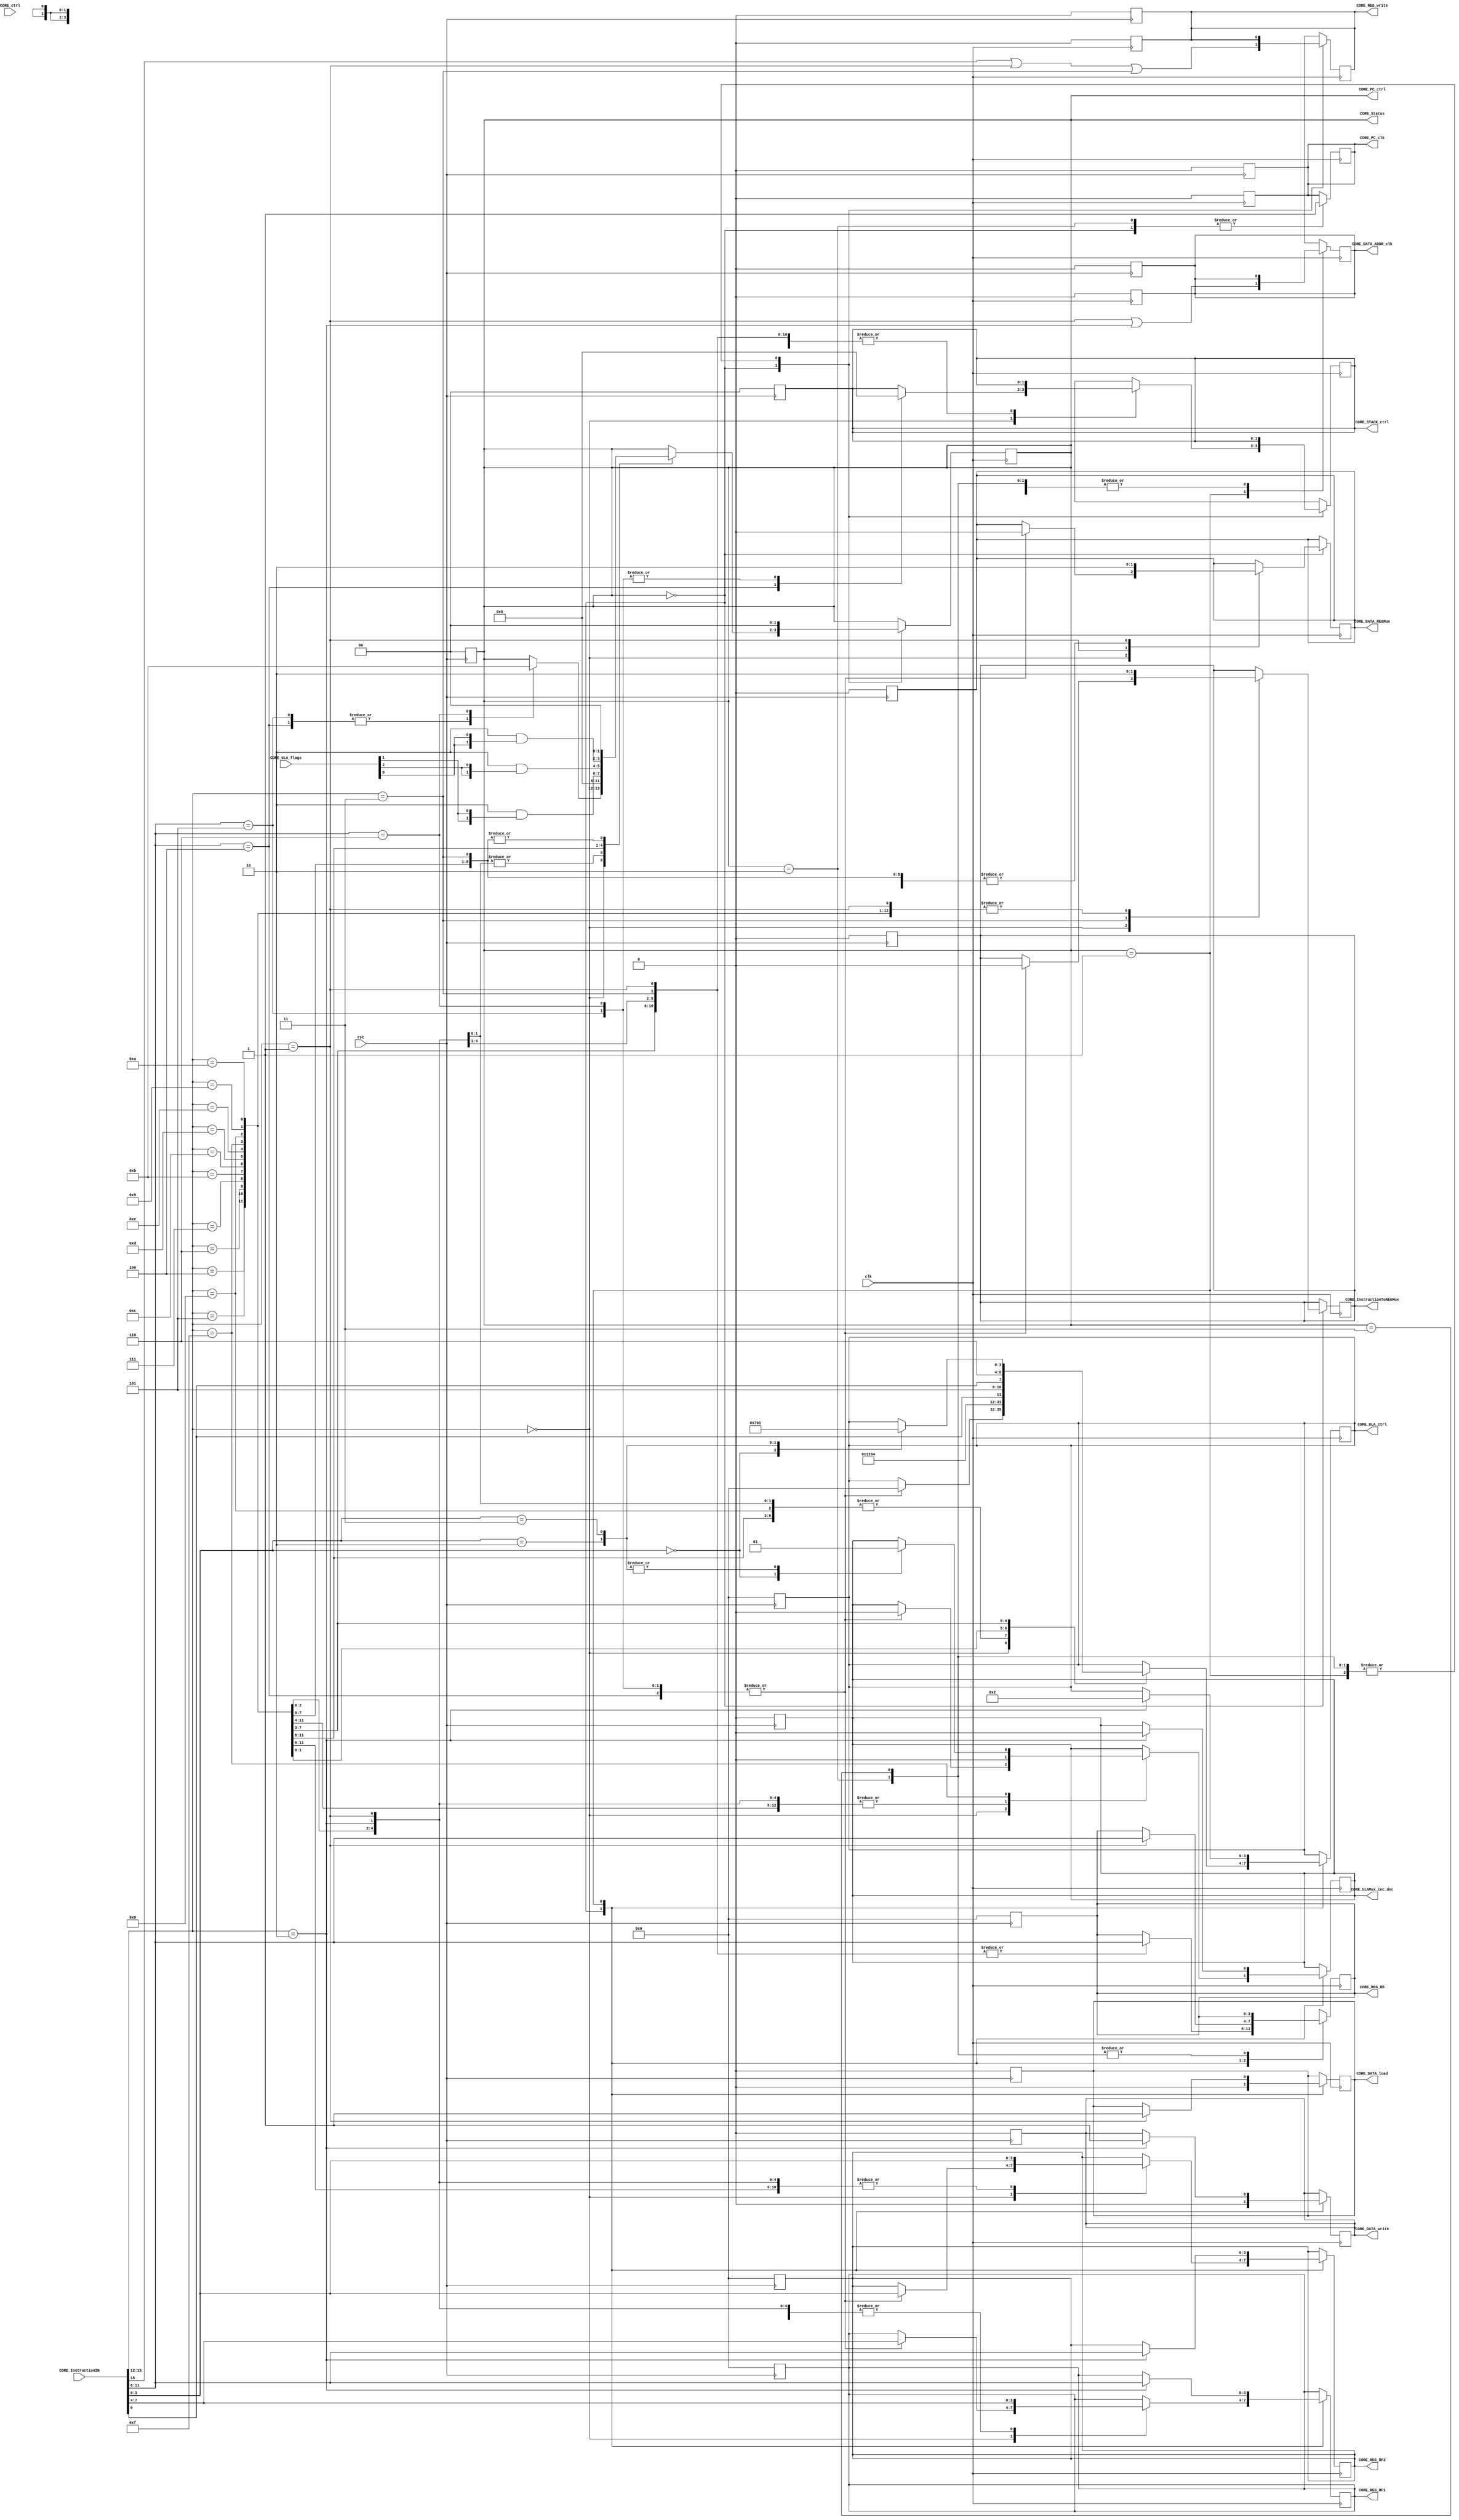
//CORE, descricao da controle operativo
/*************************************************************************
 *  descricao do bloco CORE                              versao 0.01      *
 *                                                                       *
 *  Developer: Jean Carlos Scheunemann             23-11-2016            *
 *              jeancarsch@gmail.com                                     *

 *  Corrector: Mariano                                                   *
 *             Marlon 	                                                 *
 *             marlonsigales@gmail.com                                   *
 *                                                                       *
 * soma(inc, twc), sub(dec), xor, and, or, not, shr(rtr), shl(rtl)       *
 *                                                                       *
 *************************************************************************/


`timescale 1 ns / 1 ns
module NRISC_CORE(
								CORE_InstructionIN,				//instruction input
								CORE_InstructionToREGMux,	//MUX ctrl of instruction in to REGs
								CORE_ctrl,									//CORE external input ctrl BUS
								CORE_Status,								//CORE status output
								CORE_ULA_ctrl,							//ULA output ctrl BUS
								CORE_ULA_flags,						//ULA flags input
								CORE_ULAMux_inc_dec,				//ULA Inc/dec output MUX ctrl
								CORE_REG_RF1,							//REGs to ULA ctrl 1
								CORE_REG_RF2,							//REGs to ULA ctrl 2
								CORE_REG_RD,								//REGs inputs ctrl
								CORE_REG_write,						//REGs write ctrl
								CORE_DATA_write,						//DATA write ctrl
								CORE_DATA_load,						//DATA load ctrl
								CORE_DATA_ADDR_clk,				//DATA clk
								CORE_DATA_REGMux,					//DATA to REGs MUX
								CORE_STACK_ctrl,						//CORE to STACK ctrl
								CORE_PC_ctrl,							//CORE to PC ctrl MUX
								CORE_PC_clk,								//PC clk
								clk,											//Main clk source
								rst												//general rst
								);

		//CORE
		input wire clk;
		input wire rst;
		input wire [2:0] CORE_ctrl;
		output reg [1:0] CORE_Status;
		//Instruction
		input wire [15:0] CORE_InstructionIN;
		output reg CORE_InstructionToREGMux;
		//ULA
		input wire [2:0] CORE_ULA_flags;
		output reg [3:0] CORE_ULA_ctrl;
		output reg CORE_ULAMux_inc_dec;
		//REG ctrl
		output reg [3:0] CORE_REG_RD;
		output reg [3:0] CORE_REG_RF1;
		output reg [3:0] CORE_REG_RF2;
		output reg CORE_REG_write;
		//DATA
		output reg CORE_DATA_write;
		output reg CORE_DATA_load;
		output reg CORE_DATA_ADDR_clk;
		output reg CORE_DATA_REGMux;
		//STACK
		output reg [1:0] CORE_STACK_ctrl;
		//PC
		output wire [1:0] CORE_PC_ctrl;
		output reg CORE_PC_clk;

		//Internal REGs and WIREs
		//reg I;
		//reg [2:0] CORE_Instruction_Status;
		/*===================================================
		* 			Reset Tree
		*===================================================*/
		always @ ( negedge rst ) begin
				CORE_Status<=0;
				CORE_InstructionToREGMux<=0;
				CORE_ULA_ctrl<=0;
				CORE_ULAMux_inc_dec=0;
				CORE_REG_RD<=0;
				CORE_REG_RF1<=0;
				CORE_REG_RF2<=0;
				CORE_REG_write<=0;
				CORE_DATA_write<=0;
				CORE_DATA_load<=0;
				CORE_DATA_ADDR_clk<=0;
				CORE_DATA_REGMux<=0;
				CORE_STACK_ctrl<=0;
				CORE_PC_clk<=0;

				//TODO reset tree
		end
		/*===================================================
		*				PC control
		*====================================================*/
		assign CORE_PC_ctrl=CORE_Status[1:0];

		/*===================================================
		*				instruction decode
		*====================================================*/
		//assign CORE_DATA_load=CORE_InstructionIN[15];

		always @ ( posedge clk ) begin
				/*
				* hardware rst
				*/
				//STACK ctrl rst
				CORE_STACK_ctrl<=0;
				//PC Config
				CORE_PC_clk<=0;
				//REGs write rst
				CORE_REG_write<=0;
				//DATA clk rst
				CORE_DATA_ADDR_clk<=0;
				/*
				*		instruction decode state machine
				*/
				case (CORE_Status)
				3'h0:begin /* Instruction decode state machine */

								// DATA ctrl rst
								CORE_DATA_write<=0;
								CORE_DATA_load<=0;

								case (CORE_InstructionIN[15:12])
									4'h0: begin	//TODO CORE instructions
															//TODO
														case(CORE_InstructionIN[11:8])
																4'h0:	begin//NOT instruction

																			end
																4'h1:	begin//HALT

																			end
																4'h2:	begin//WAIT

																			end
																4'h3:	begin//SLEEP

																			end
																4'h4:	begin//CALL
																				//ULA config ADD mode
																				CORE_ULA_ctrl<=4'h0;
																				CORE_ULAMux_inc_dec<=0;
																				//REG config
																				//CORE_REG_RD<= CORE_InstructionIN[11:8];
																				CORE_REG_RF1<=CORE_InstructionIN[7:4];
																				CORE_REG_RF2<=CORE_InstructionIN[3:0];
																				//REG MUX's config
																				CORE_InstructionToREGMux<=0;
																				CORE_DATA_REGMux<=0;
																				//update Status
																				CORE_Status<=2;
																				//update STACK
																				CORE_STACK_ctrl=2'b01;
																			end
																4'h5:	begin//RET
																				//ULA config ADD mode
																				CORE_ULA_ctrl<=4'h0;
																				CORE_ULAMux_inc_dec<=0;
																				//REG config
																				//CORE_REG_RD<= CORE_InstructionIN[11:8];
																				CORE_REG_RF1<=CORE_InstructionIN[7:4];
																				CORE_REG_RF2<=CORE_InstructionIN[3:0];
																				//REG MUX's config
																				CORE_InstructionToREGMux<=0;
																				CORE_DATA_REGMux<=0;
																				//update Status
																				CORE_Status<=2;
																				//update STACK
																				CORE_STACK_ctrl=2'b10;
																			end
																4'h6: begin//RETI
																				//ULA config ADD mode
																				CORE_ULA_ctrl<=4'h0;
																				CORE_ULAMux_inc_dec<=0;
																				//REG config
																				//CORE_REG_RD<= CORE_InstructionIN[11:8];
																				CORE_REG_RF1<=CORE_InstructionIN[7:4];
																				CORE_REG_RF2<=CORE_InstructionIN[3:0];
																				//REG MUX's config
																				CORE_InstructionToREGMux<=0;
																				CORE_DATA_REGMux<=0;
																				//update Status
																				CORE_Status<=3;
																				//update STACK
																				CORE_STACK_ctrl=2'b10;
																			end
														endcase
												end
									//Memory instructions
									4'h1: begin	//LW instruction
														//Calculates the memory address
														//ULA config (ADD mode)
														CORE_ULA_ctrl<=4'h0;
														CORE_ULAMux_inc_dec<=0;
														//REG config
														CORE_REG_RD<= CORE_InstructionIN[11:8];
														CORE_REG_RF1<=CORE_InstructionIN[7:4];
														CORE_REG_RF2<=CORE_InstructionIN[3:0];
														//REG MUX's config
														CORE_InstructionToREGMux<=0;
														CORE_DATA_REGMux<=1;
														//update Status
														CORE_Status<=1;
												end
									4'h2: begin	//SW instruction
														//Calculates the memory address
														//ULA config (ADD mode)
														CORE_ULA_ctrl<=4'h0;
														CORE_ULAMux_inc_dec<=0;
														//REG config
														CORE_REG_RD<= CORE_InstructionIN[11:8];
														CORE_REG_RF1<=CORE_InstructionIN[7:4];
														CORE_REG_RF2<=CORE_InstructionIN[3:0];
														//update Status(CORE continue to work on the next clk pulse)
														CORE_Status<=1;

												end
									4'h3: begin	//LI instruction
														//REG config
														CORE_REG_RD<= CORE_InstructionIN[11:8];
														//REG MUX's config
														CORE_InstructionToREGMux<=1;
														CORE_DATA_REGMux<=0;
														//Status update
														CORE_Status<=0;

												end
									// jump's instructions
									4'h4: begin	//JMP instruction
														//ULA config ADD mode
														CORE_ULA_ctrl<=4'h0;
														CORE_ULAMux_inc_dec<=0;
														//REG config
														//CORE_REG_RD<= CORE_InstructionIN[11:8];
														CORE_REG_RF1<=CORE_InstructionIN[7:4];
														CORE_REG_RF2<=CORE_InstructionIN[3:0];
														//REG MUX's config
														CORE_InstructionToREGMux<=0;
														CORE_DATA_REGMux<=0;
														//update Status
														CORE_Status<=2;
												end
									4'h5: begin	//JZ instruction
														//ULA config ADD mode
														CORE_ULA_ctrl<=4'h0;
														CORE_ULAMux_inc_dec<=0;
														//REG config
														//CORE_REG_RD<= CORE_InstructionIN[11:8];
														CORE_REG_RF1<=CORE_InstructionIN[7:4];
														CORE_REG_RF2<=CORE_InstructionIN[3:0];
														//REG MUX's config
														CORE_InstructionToREGMux<=0;
														CORE_DATA_REGMux<=0;
														//update Status
														CORE_Status<=2 & {2{CORE_ULA_flags[1]}};
												end
									4'h6: begin	//JC instruction
														//ULA config ADD mode
														CORE_ULA_ctrl<=4'h0;
														CORE_ULAMux_inc_dec<=0;
														//REG config
														//CORE_REG_RD<= CORE_InstructionIN[11:8];
														CORE_REG_RF1<=CORE_InstructionIN[7:4];
														CORE_REG_RF2<=CORE_InstructionIN[3:0];
														//REG MUX's config
														CORE_InstructionToREGMux<=0;
														CORE_DATA_REGMux<=0;
														//update Status
														CORE_Status<=2 & {2{CORE_ULA_flags[2]}};
												end
									4'h7: begin	//JM instruction
													//ULA config ADD mode
													CORE_ULA_ctrl<=4'h0;
													CORE_ULAMux_inc_dec<=0;
													//REG config
													//CORE_REG_RD<= CORE_InstructionIN[11:8];
													CORE_REG_RF1<=CORE_InstructionIN[7:4];
													CORE_REG_RF2<=CORE_InstructionIN[3:0];
													//REG MUX's config
													CORE_InstructionToREGMux<=0;
													CORE_DATA_REGMux<=0;
													//update Status
													CORE_Status<=2 & {2{CORE_ULA_flags[0]}};
												end
									//ULA instructions
									4'h8: begin	//ADD instruction
														//ULA config
														CORE_ULA_ctrl<=4'h0;
														CORE_ULAMux_inc_dec<=0;
														//REG config
														CORE_REG_RD<= CORE_InstructionIN[11:8];
														CORE_REG_RF1<=CORE_InstructionIN[7:4];
														CORE_REG_RF2<=CORE_InstructionIN[3:0];
														//REG MUX's config
														CORE_InstructionToREGMux<=0;
														CORE_DATA_REGMux<=0;
														//update Status
														CORE_Status<=0;
												end
									4'h9: begin	//SUB instruction
														//ULA config
														CORE_ULA_ctrl<=4'h1;
														CORE_ULAMux_inc_dec<=0;
														//REG config
														CORE_REG_RD<= CORE_InstructionIN[11:8];
														CORE_REG_RF1<=CORE_InstructionIN[7:4];
														CORE_REG_RF2<=CORE_InstructionIN[3:0];
														//REG MUX's config
														CORE_InstructionToREGMux<=0;
														CORE_DATA_REGMux<=0;
														//update Status
														CORE_Status<=0;
												end
									4'hA: begin	//AND instruction
														//ULA config
														CORE_ULA_ctrl<=4'h2;
														CORE_ULAMux_inc_dec<=0;
														//REG config
														CORE_REG_RD<= CORE_InstructionIN[11:8];
														CORE_REG_RF1<=CORE_InstructionIN[7:4];
														CORE_REG_RF2<=CORE_InstructionIN[3:0];
														//REG MUX's config
														CORE_InstructionToREGMux<=0;
														CORE_DATA_REGMux<=0;
														//update Status
														CORE_Status<=0;
												end
									4'hB: begin	//OR instruction
														//ULA config
														CORE_ULA_ctrl<=4'h3;
														CORE_ULAMux_inc_dec<=0;
														//REG config
														CORE_REG_RD<= CORE_InstructionIN[11:8];
														CORE_REG_RF1<=CORE_InstructionIN[7:4];
														CORE_REG_RF2<=CORE_InstructionIN[3:0];
														//REG MUX's config
														CORE_InstructionToREGMux<=0;
														CORE_DATA_REGMux<=0;
														//update Status
														CORE_Status<=0;
												end
									4'hC: begin	//XOR instruction
														//ULA config
														CORE_ULA_ctrl<=4'h4;
														CORE_ULAMux_inc_dec<=0;
														//REG config
														CORE_REG_RD<= CORE_InstructionIN[11:8];
														CORE_REG_RF1<=CORE_InstructionIN[7:4];
														CORE_REG_RF2<=CORE_InstructionIN[3:0];
														//REG MUX's config
														CORE_InstructionToREGMux<=0;
														CORE_DATA_REGMux<=0;
														//update Status
														CORE_Status<=0;
												end
									4'hD: begin	//SHR/RTR instruction
														//ULA config
														CORE_ULA_ctrl<={CORE_InstructionIN[0],3'h5};
														CORE_ULAMux_inc_dec<=0;
														//REG config
														CORE_REG_RD<= CORE_InstructionIN[11:8];
														CORE_REG_RF1<=CORE_InstructionIN[7:4];
														//REG MUX's config
														CORE_InstructionToREGMux<=0;
														CORE_DATA_REGMux<=0;
														//update Status
														CORE_Status<=0;
												end
									4'hE: begin	//SHL/RTL instruction
														//ULA config
														CORE_ULA_ctrl<={CORE_InstructionIN[0],3'h6};
														CORE_ULAMux_inc_dec<=0;
														//REG config
														CORE_REG_RD<= CORE_InstructionIN[11:8];
														CORE_REG_RF1<=CORE_InstructionIN[7:4];
														//REG MUX's config
														CORE_InstructionToREGMux<=0;
														CORE_DATA_REGMux<=0;
														//update Status
														CORE_Status<=0;
												end
									4'hF: begin	//NOT/TWC/INC/DEC instruction
														//REG config
														CORE_REG_RD<= CORE_InstructionIN[11:8];
														CORE_REG_RF1<=CORE_InstructionIN[7:4];
														//REG MUX's config
														CORE_InstructionToREGMux<=0;
														CORE_DATA_REGMux<=0;
														//update Status
														CORE_Status<=0;
														//ULA config
														case(CORE_InstructionIN[3:0])
																4'h0:begin//NOT instruction
																			CORE_ULA_ctrl<=4'h7;
																			CORE_ULAMux_inc_dec<=0;
																		end
																4'h1:begin//TWC instruction pseudo

																		end
																4'h2:begin//INC instruction
																			CORE_ULA_ctrl<=4'h0;
																			CORE_ULAMux_inc_dec<=1;
																		end
																4'h3:begin//DEC instruction
																			CORE_ULA_ctrl<=4'h1;
																			CORE_ULAMux_inc_dec<=1;
																		end
														endcase
												end
								endcase
						end
				3'h1:begin
								/*
								*  Memory operations
								*  LW & SW
								*/
								//update Status
								CORE_Status<=0;
								case(CORE_InstructionIN[15:12])
										4'h1: begin	//LW
															CORE_REG_RD=CORE_InstructionIN[11:8];
															// DATA MEM read config
															CORE_DATA_load<=1;
													end
										4'h2: begin	//SW
															//ULA config
															CORE_ULA_ctrl<=4'h2;
															CORE_ULAMux_inc_dec<=0;
															//REG config
															CORE_REG_RF1<=CORE_InstructionIN[11:8];
															CORE_REG_RF2<=CORE_InstructionIN[11:8];
															//DATA mem write config
															CORE_DATA_write<=1;

													end

								endcase

						end
				3'h2:begin
								/*
								*  CALLs and JUMPs
								*/
								CORE_Status<=0;
						end
				3'h3:begin
								/*
								*  RETs and RETIs
								*/
								CORE_Status<=0;
						end
				endcase

		end

		/*===================================================
		*				Instruction update Memory and REGs
		*====================================================*/
		always @ ( negedge clk ) begin
			case(CORE_Status)
						3'h0:begin//Update PC, PC++
									CORE_PC_clk<=1;//PC update clk
									CORE_REG_write=	CORE_InstructionIN[15]||	// ULA instruction
																	(CORE_InstructionIN[15:12]==4'h1)||	//Load instruction
																	(CORE_InstructionIN[15:12]==4'h3); 	//Load imediate instruction
								end
						3'h1:begin//LOAD STORE instruction
									CORE_DATA_ADDR_clk=(CORE_InstructionIN[15:12]==4'h1)||(CORE_InstructionIN[15:12]==4'h2);
								end
						3'h2:begin//Update PC,PC=ULA_out (JMP function)
									CORE_PC_clk<=1;//PC update clk
								end
						3'h3:begin//Update PC,PC=STACK[0]
									//TODO
								end
				endcase

		end
endmodule